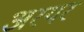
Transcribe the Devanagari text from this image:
अरयर